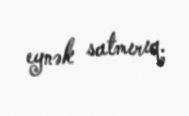
eynək satmırıq.